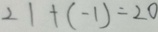
2 1 + ( - 1 ) = 2 0